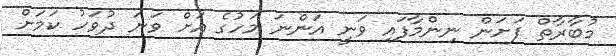
މުބާރާތް ފަށަން ނިންމާފައި ވަނީ އަންނަ މަހުގެ އަށް ވަނަ ދުވަހު ކަމަށް